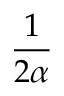
\frac { 1 } { 2 \alpha }